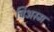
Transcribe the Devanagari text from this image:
चिअस्म